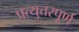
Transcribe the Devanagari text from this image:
प्रत्युत्तरपूर्ण